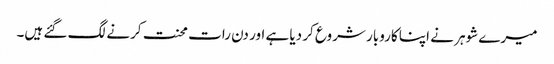
میرے شوہر نے اپنا کاروبار شروع کر دیا ہے اور دن رات محنت کرنے لگ گئے ہیں۔